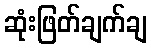
ဆုံးဖြတ်ချက်ချ